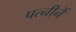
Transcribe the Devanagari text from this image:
पत्नीनें